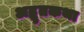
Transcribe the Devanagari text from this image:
अद्भुतकथा